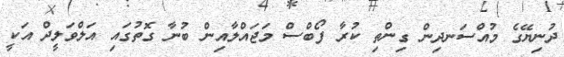
ދުނިޔޭގެ މުއްސަނދިން ގިންތި ކުރާ ފޯބްސް މަޖައްލާއިން ބުނާ ގޮތުގައި އަލްވަލީދް އަކީ